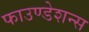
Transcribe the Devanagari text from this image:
फाउण्डेशन्स